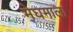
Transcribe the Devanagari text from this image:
मेघमाला